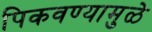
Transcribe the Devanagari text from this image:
पिकवण्यामुळे